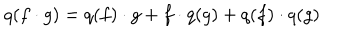
q ( f \cdot g ) = q ( f ) \cdot g + f \cdot q ( g ) + q ( f ) \cdot q ( g )